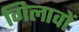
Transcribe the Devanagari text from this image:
गिलावों